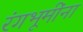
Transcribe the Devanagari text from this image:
रंगभूमींना